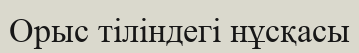
Орыс тіліндегі нұсқасы